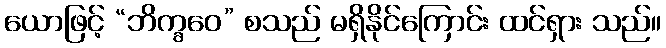
ယောဖြင့် “ဘိက္ခဝေ” စသည် မရှိနိုင်ကြောင်း ထင်ရှား သည်။